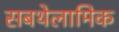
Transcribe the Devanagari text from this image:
सबथेलामिक